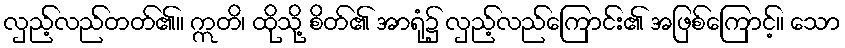
လှည့်လည်တတ်၏။ ဣတိ၊ ထိုသို့ စိတ်၏ အာရုံ၌ လှည့်လည်ကြောင်း၏ အဖြစ်ကြောင့်။ သော